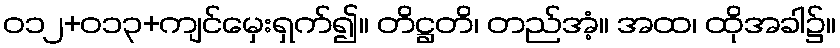
ဝ၁၂+၀၁၃+ကျင်မှေးရှက်၍။ တိဋ္ဌတိ၊ တည်အံ့။ အထ၊ ထိုအခါ၌။